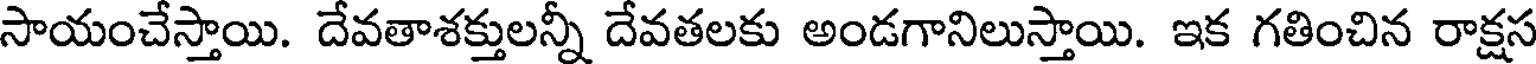
సాయంచేస్తాయి. దేవతాశక్తులన్నీ దేవతలకు అండగానిలుస్తాయి. ఇక గతించిన రాక్షస